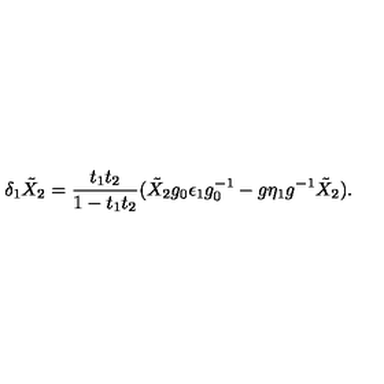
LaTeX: \delta _ { 1 } \tilde { X } _ { 2 } = { \frac { t _ { 1 } t _ { 2 } } { 1 - t _ { 1 } t _ { 2 } } } ( \tilde { X } _ { 2 } g _ { 0 } \epsilon _ { 1 } g _ { 0 } ^ { - 1 } - g \eta _ { 1 } g ^ { - 1 } \tilde { X } _ { 2 } ) .